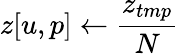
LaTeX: z[u,p]\gets\frac{z_{tmp}}{N}